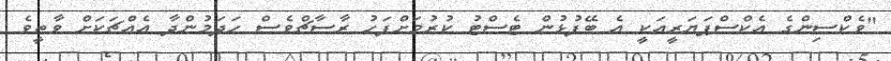
"ވެކްސިންގެ އެކްސްޕަޔަރީއަކީ އެ ބޭފުޅުން ޓެސްޓު ކުރުމަށްފަހު ރާސާޗްވެސް ހަދަމުންދާ އެއްޗަކަށް ވާތީވެ